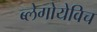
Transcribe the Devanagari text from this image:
ब्लेगोयेविच